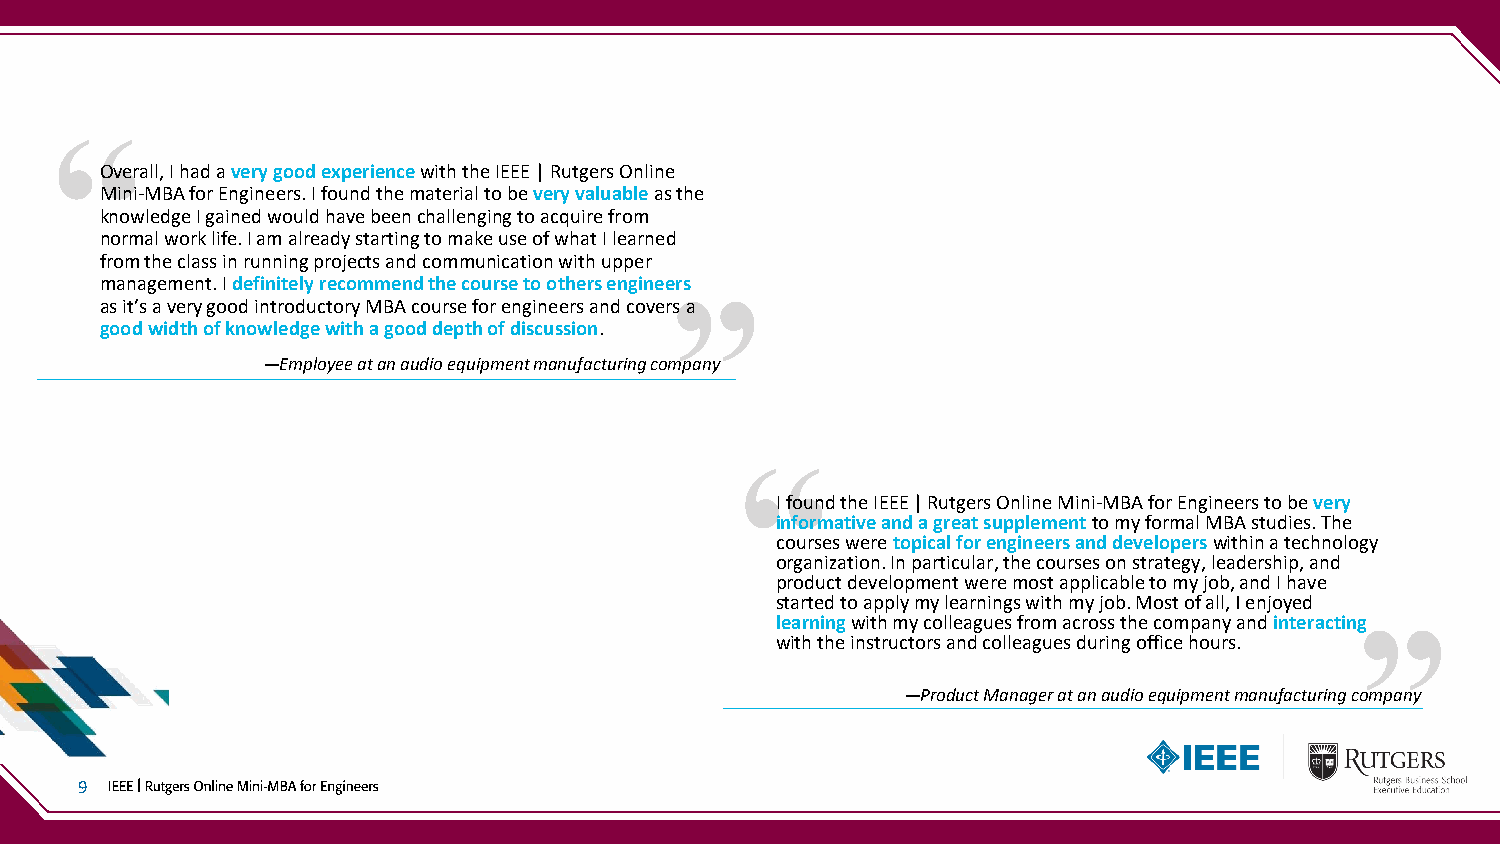
Overall, I had a very good experience with the IEEE | Rutgers Online
 Mini-MBA for Engineers. I found the material to be very valuable as the
 knowledge I gained would have been challenging to acquire from
 normal work life. I am already starting to make use of what I learned
 from the class in running projects and communication with upper
 management. I definitely recommend the course to others engineers
 as it’s a very good introductory MBA course for engineers and covers a
 good width of knowledge with a good depth of discussion.
 ―Employee at an audio equipment manufacturing company
 I found the IEEE | Rutgers Online Mini-MBA for Engineers to be very
 informative and a great supplementto my formal MBA studies. The
 courses were topical for engineers and developers within a technology
 organization. In particular, the courses on strategy, leadership, and
 product development were most applicable to my job, and I have
 started to apply my learnings with my job. Most of all, I enjoyed
 learningwith my colleagues from across the company and interacting
 with the instructors and colleagues during office hours.
 ―Product Manager at an audio equipment manufacturing company
 9